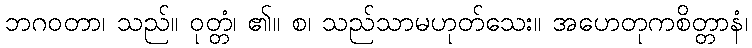
ဘဂဝတာ၊ သည်။ ဝုတ္တံ၊ ၏။ စ၊ သည်သာမဟုတ်သေး။ အဟေတုကစိတ္တာနံ၊